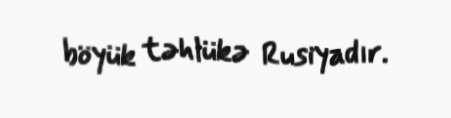
böyük təhlükə Rusiyadır.